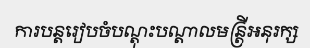
ការបន្តរៀបចំបណ្តុះបណ្តាលមន្ត្រីអនុរក្ស